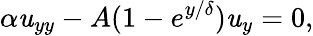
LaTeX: \alpha\mathit{u}_{yy}-A(1-e^{{y}/{\delta}})\mathit{u}_{y}=0,